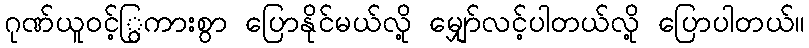
ဂုဏ်ယူဝင့်ြွကားစွာ ပြောနိုင်မယ်လို့ မျှော်လင့်ပါတယ်လို့ ပြောပါတယ်။